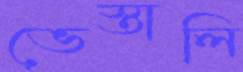
ভেস্তালি